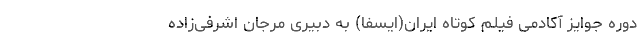
دوره جوایز آکادمی فیلم کوتاه ایران(ایسفا) به دبیری مرجان اشرفی‌زاده